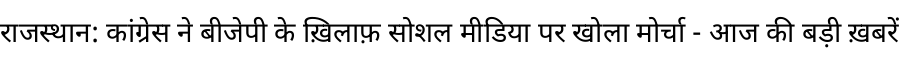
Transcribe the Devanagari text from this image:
राजस्थान: कांग्रेस ने बीजेपी के ख़िलाफ़ सोशल मीडिया पर खोला मोर्चा - आज की बड़ी ख़बरें